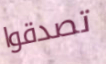
تصدقوا